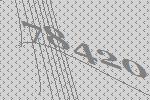
78420